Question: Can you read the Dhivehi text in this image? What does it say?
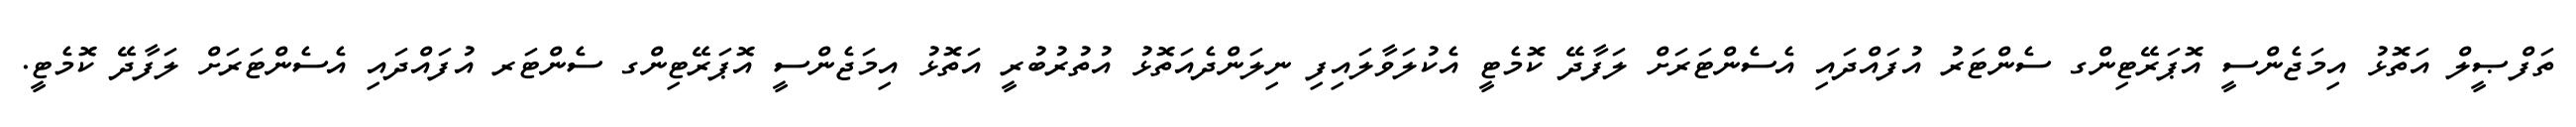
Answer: ތަފްޞީލް އަތޮޅު އިމަޖެންސީ އޮޕަރޭޓިންގ ސެންޓަރު އުފައްދައި އެސެންޓަރަށް ލަފާދޭ ކޮމެޓީ އެކުލަވާލައިފި ނިލަންދެއަތޮޅު އުތުރުބުރީ އަތޮޅު އިމަޖެންސީ އޮޕަރޭޓިންގ ސެންޓަރ އުފައްދައި އެސެންޓަރަށް ލަފާދޭ ކޮމެޓީ.